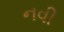
નવી